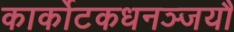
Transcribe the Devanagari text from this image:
कार्कोटकधनञ्जयौ